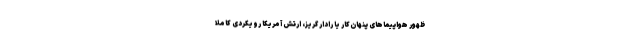
ظهور هواپیماهای پنهان‌کار یا رادار گریز، ارتش آمریکا رویکردی کاملا